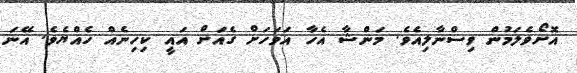
އޮށޯވެލަމުން ވިސްނާލިއެވެ. މަންޝާ އެހާ އަވަހަށް ގެއަށް އައީ ކިހިނެއް ހެއްޔެވެ. އޭނަ